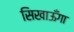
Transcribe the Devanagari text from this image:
सिखाऊँगा